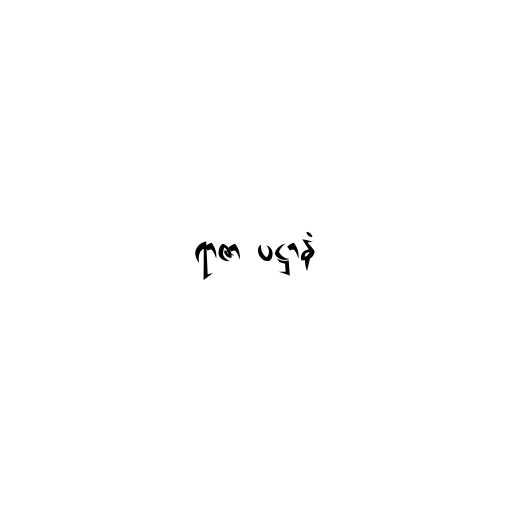
ရာဇာ ပဋ္ဌာနံ